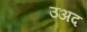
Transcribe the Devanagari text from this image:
उअद